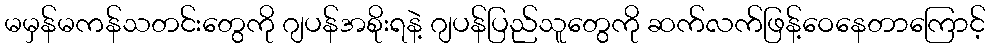
မမှန်မကန်သတင်းတွေကို ဂျပန်အစိုးရနဲ့ ဂျပန်ပြည်သူတွေကို ဆက်လက်ဖြန့်ဝေနေတာကြောင့်